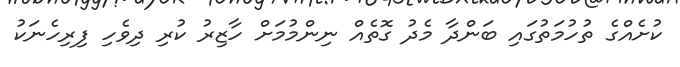
ކުށެއްގެ ތުހުމަތުގައި ބަންދާ މެދު ގޮތެއް ނިންމުމަށް ހާޒިރު ކުރި ދިވެހި ފިރިހެނަކު